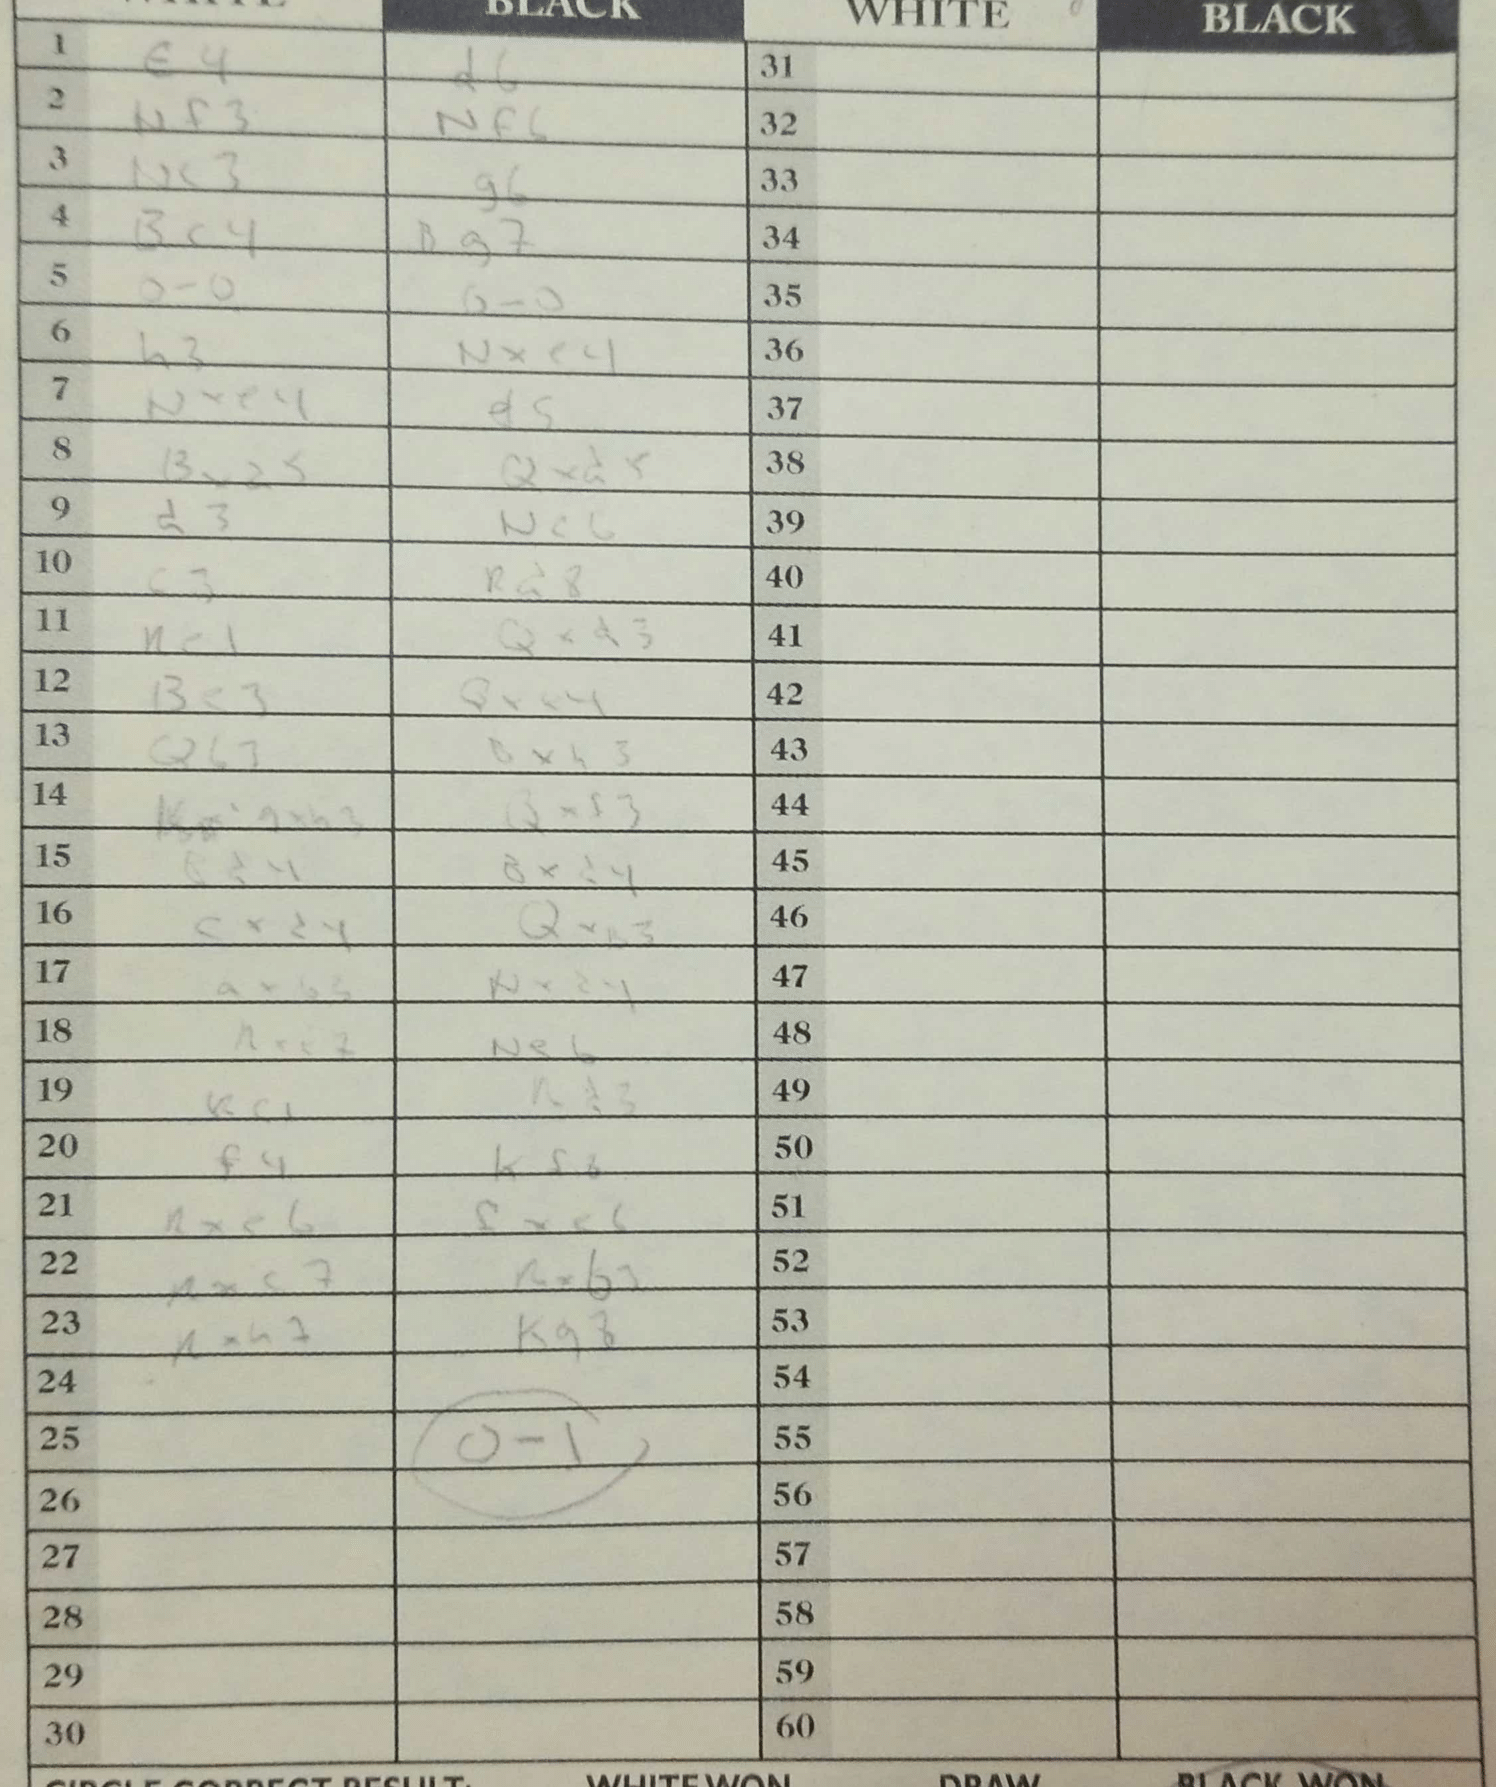
Moves: e4 d6 Nf3 Nf6 Nc3 g6 Bc4 Bg7 O-O O-O h3 Nxe4 Nxe4 d5 Bxd5 Qxd5 d3 Nc6 c3 Rd8 Re1 Qxd3 Be3 Qxe4 Qb3 Bxh3 gxh3 Qxf3 Bd4 Bxd4 cxd4 Qxb3 axb3 Nxd4 Rxe7 Ne6 Rc1 Rd3 f4 Kf8 Rxe6 fxe6 Rxc7 Rxb3 Rxh7 Kg8